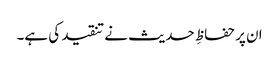
ان پر حفاظِ حدیث نے تنقید کی ہے۔